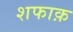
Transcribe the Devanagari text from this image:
शफाक़